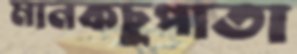
মানকচুপাতা